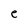
Character: e